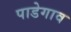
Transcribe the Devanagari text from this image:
पाडेगाव